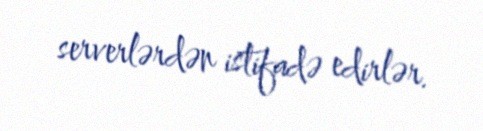
serverlərdən istifadə edirlər.